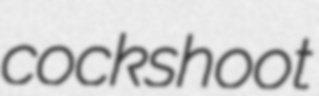
cockshoot